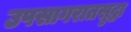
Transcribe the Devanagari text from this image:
उपसागरातसुद्धा